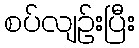
စပ်လျဉ်းပြီး